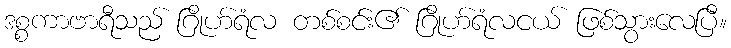
ဒစ္စကာဗာရီသည် ဂြိုဟ်ရံလ တစ်စင်း၏ ဂြိုဟ်ရံလငယ် ဖြစ်သွားလေပြီ။